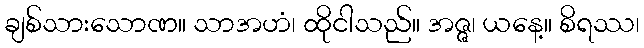
ချစ်သားသောဏ။ သာအဟံ၊ ထိုငါသည်။ အဇ္ဇ၊ ယနေ့။ စိရဿ၊